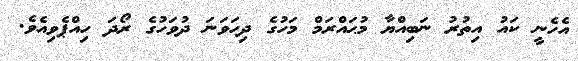
އެހެނީ ކައު އިތުރު ނަބިއްޔާ މުޙައްރަމް މަހުގެ ދިހަވަނަ ދުވަހުގެ ރޯދަ ހިއްޕެވިއެވެ.